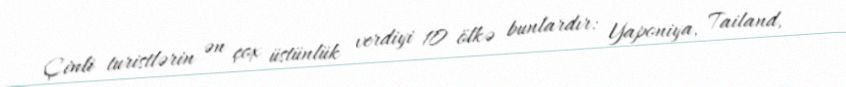
Çinli turistlərin ən çox üstünlük verdiyi 10 ölkə bunlardır: Yaponiya, Tailand,